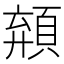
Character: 𩓗